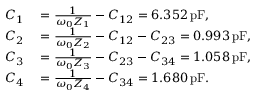
\begin{array} { r l } { C _ { 1 } } & { { } = \frac { 1 } { \omega _ { 0 } Z _ { 1 } } - C _ { 1 2 } = 6 . 3 5 2 \, \mathrm { p F } , } \\ { C _ { 2 } } & { { } = \frac { 1 } { \omega _ { 0 } Z _ { 2 } } - C _ { 1 2 } - C _ { 2 3 } = 0 . 9 9 3 \, \mathrm { p F } , } \\ { C _ { 3 } } & { { } = \frac { 1 } { \omega _ { 0 } Z _ { 3 } } - C _ { 2 3 } - C _ { 3 4 } = 1 . 0 5 8 \, \mathrm { p F } , } \\ { C _ { 4 } } & { { } = \frac { 1 } { \omega _ { 0 } Z _ { 4 } } - C _ { 3 4 } = 1 . 6 8 0 \, \mathrm { p F } . } \end{array}